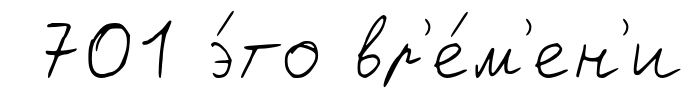
701 э́то вр'е́м'ен'и